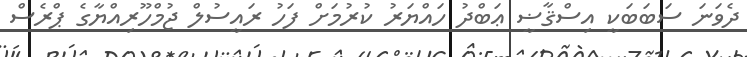
ދެވަނަ ސަބަބަކީ އިސްޤާޟީ ޢަބްދު ހައްޔަރު ކުރުމަށް ފަހު ރައީސުލް ޖުމްހޫރިއްޔާގެ ޕްރެސް